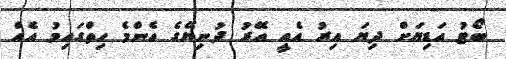
ބޯޓު އަޑިޔަށް ދިޔަ އިރު އެއީ އޭރު ދުނިޔޭގެ އެންމެ ހިތްގައިމު އެއް